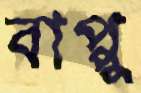
বাপ্পু